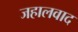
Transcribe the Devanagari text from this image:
जहालवाद